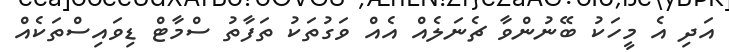
އަދި އެ މީހަކު ބޭނުންވާ ޗެނަލެއް އެއް ވަގުތަކު ތަފާތު ސްމާޓް ޑިވައިސްތަކެއް